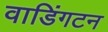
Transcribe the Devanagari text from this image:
वाडिंगटन